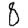
Digit: 8